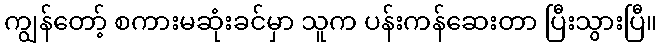
ကျွန်တော့် စကားမဆုံးခင်မှာ သူက ပန်းကန်ဆေးတာ ပြီးသွားပြီ။